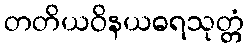
တတိယဝိနယဓရသုတ္တံ